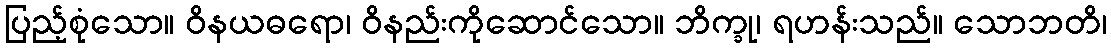
ပြည့်စုံသော။ ဝိနယဓရော၊ ဝိနည်းကိုဆောင်သော။ ဘိက္ခု၊ ရဟန်းသည်။ သောဘတိ၊